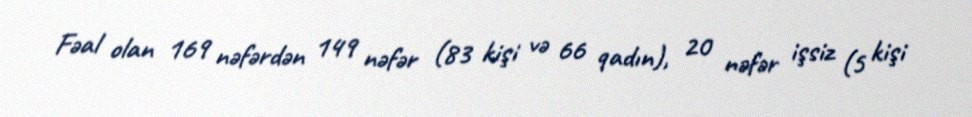
Fəal olan 169 nəfərdən 149 nəfər (83 kişi və 66 qadın), 20 nəfər işsiz (5 kişi